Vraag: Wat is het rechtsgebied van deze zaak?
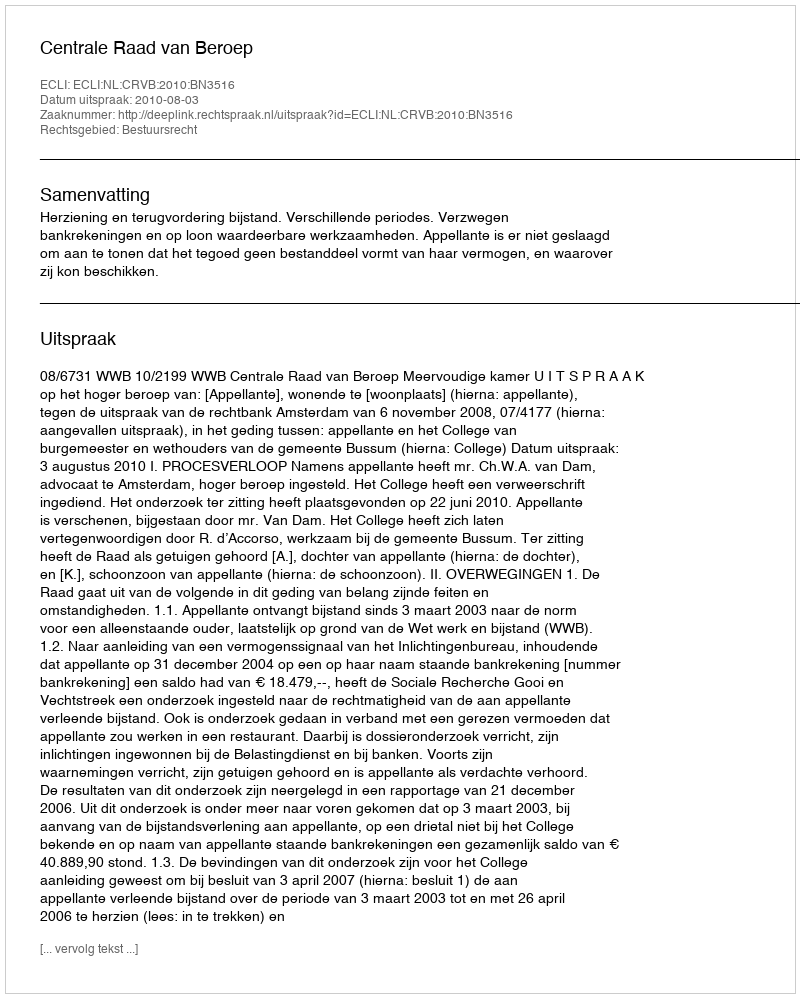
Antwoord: Bestuursrecht